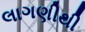
લાગણીથી